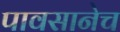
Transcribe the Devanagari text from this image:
पावसानेच